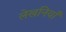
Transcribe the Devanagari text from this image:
लेखनियाँ